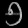
Digit: ၅